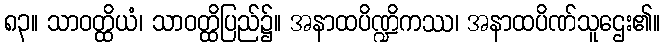
၈၃။ သာဝတ္ထိယံ၊ သာဝတ္ထိပြည်၌။ အနာထပိဏ္ဍိကဿ၊ အနာထပိဏ်သူဌေး၏။